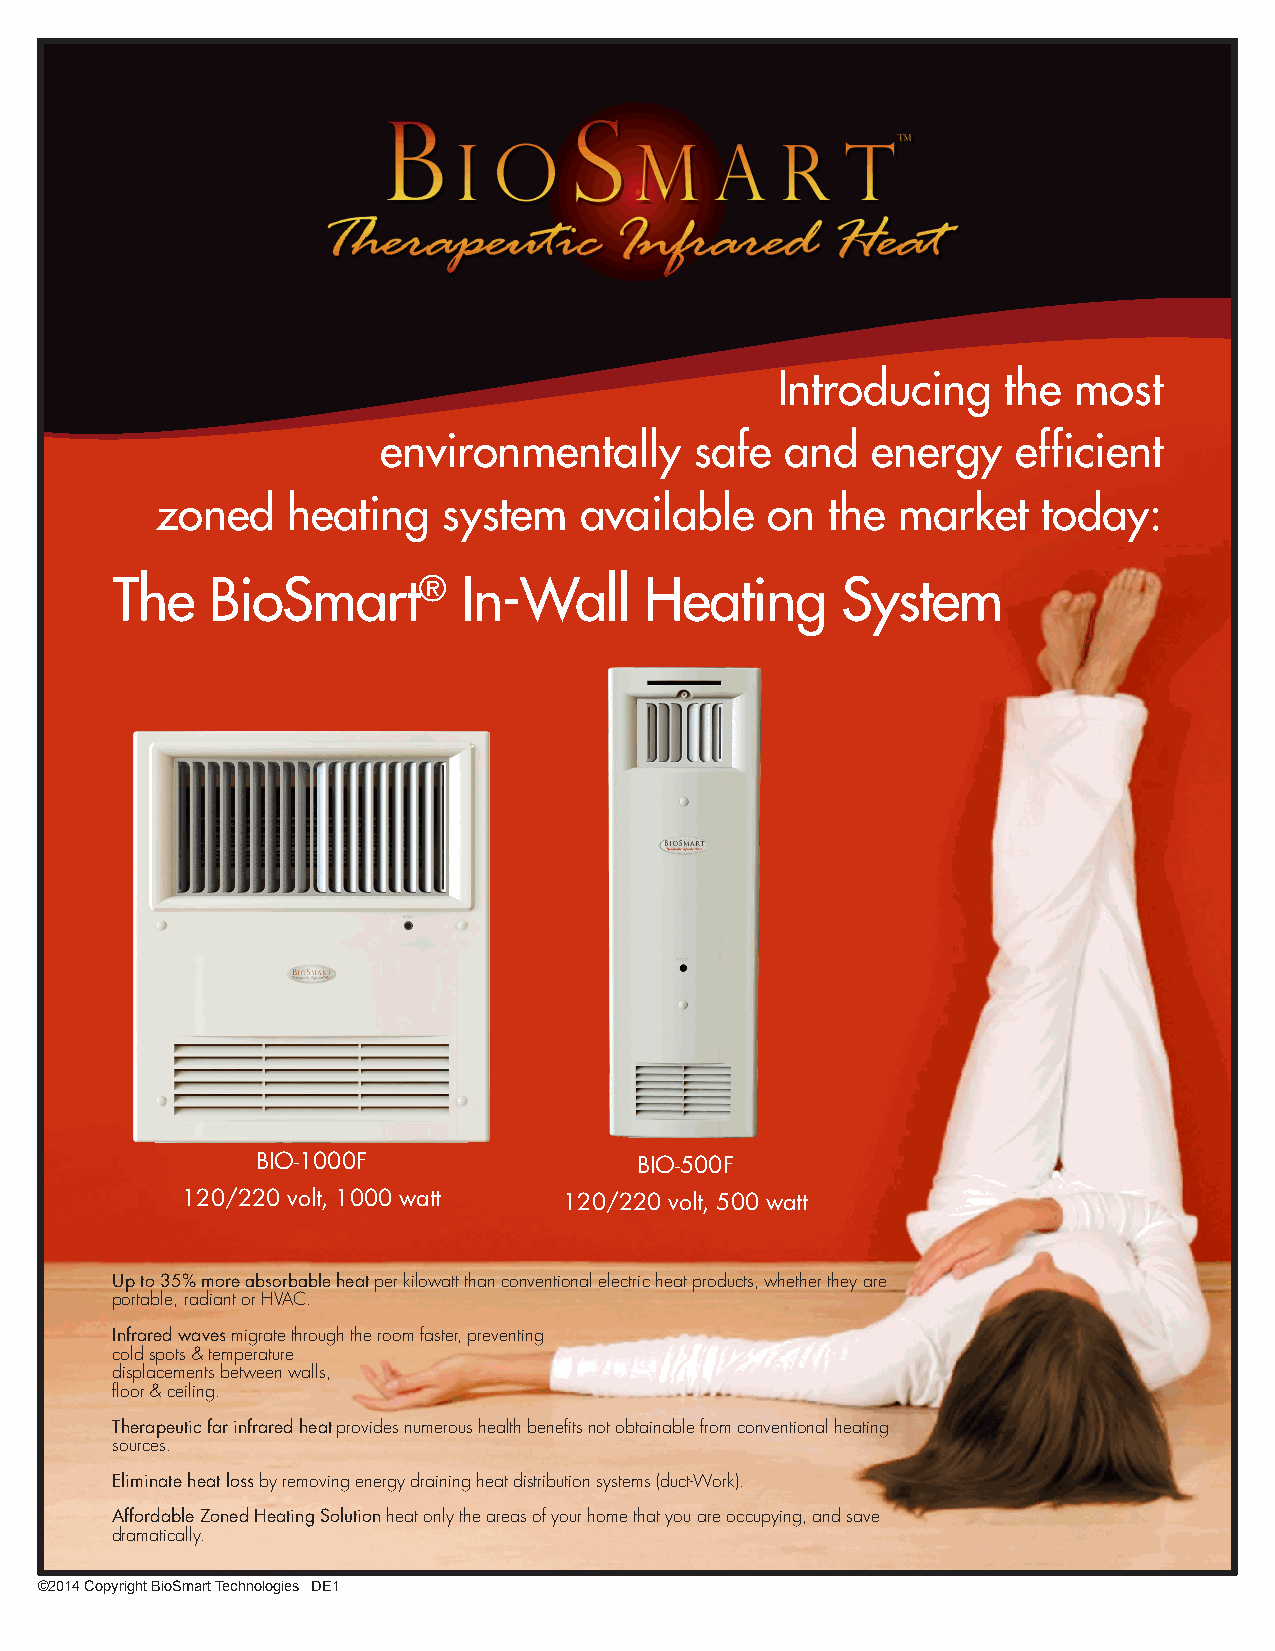
.
 .
 Introducing    the most
 environmentally      safe  and   energy   efficient
 zoned    heating   system   available    on  the market    today:
 The    BioSmart®        In-Wall     Heating      System
 BIO-1000F                BIO-500F
 120/220 volt, 1000 watt  120/220 volt, 500 watt
 Up to 35% more absorbable heat per kilowatt than conventional electric heat products, whether they are
 portable, radiant or HVAC.
 Infrared waves migrate through the room faster, preventing
 cold spots & temperature
 displacements between walls,
 floor & ceiling.
 Therapeutic far infrared heat provides numerous health benefits not obtainable from conventional heating
 sources.
 Eliminate heat loss by removing energy draining heat distribution systems (duct-Work).
 Affordable Zoned Heating Solution heat only the areas of your home that you are occupying, and save
 dramatically.
 ©2014 Copyright BioSmart Technologies DE1